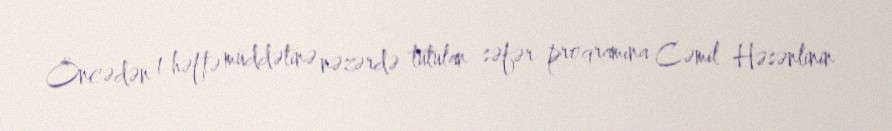
Öncədən 1 həftə müddətinə nəzərdə tutulan səfər proqramına Cəmil Həsənlinin